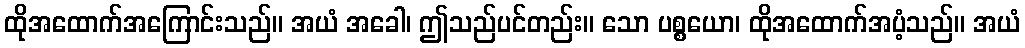
ထိုအထောက်အကြောင်းသည်။ အယံ အခေါ၊ ဤသည်ပင်တည်း။ သော ပစ္စယော၊ ထိုအထောက်အပံ့သည်။ အယံ